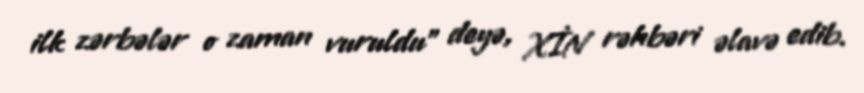
ilk zərbələr o zaman vuruldu” deyə, XİN rəhbəri əlavə edib.